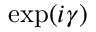
\exp ( i \gamma )